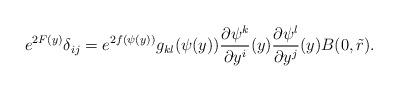
LaTeX: \begin{align*}e^{2F(y)} \delta_{ij} = e^{2f(\psi(y))} g_{kl}(\psi(y)) \frac{\partial\psi^k}{\partial y^i}(y) \frac{\partial\psi^l}{\partial y^j} (y) B(0,\tilde r).\end{align*}